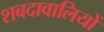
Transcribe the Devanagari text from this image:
शबदावालियों